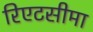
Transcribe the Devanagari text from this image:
रिएटसीमा